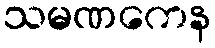
သမဏကေန